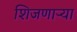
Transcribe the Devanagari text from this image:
शिजणार्‍या